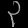
Digit: ၃